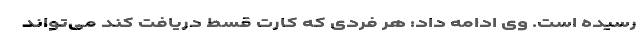
رسیده است. وی ادامه داد: هر فردی که کارت قسط دریافت کند می‌تواند